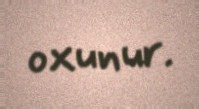
oxunur.